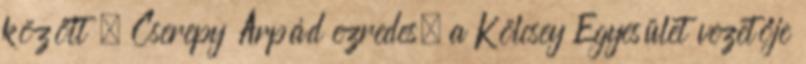
között , Cserepy Árpád ezredes, a Kölcsey Egyesület vezetője